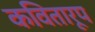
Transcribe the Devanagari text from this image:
कवितारूप